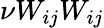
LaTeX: \nu W_{ij}W_{ij}